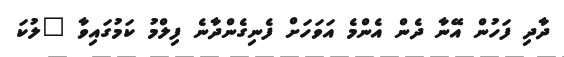
ދާދި ފަހުން އޭނާ ދެން އެންމެ އަވަހަށް ފެނިގެންދާނެ ފިލްމު ކަމުގައިވާ "ލުކަ